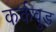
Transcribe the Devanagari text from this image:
कर्कवुड